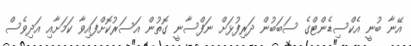
އޭނާ ބުނީ އެކްސިޑެންޓްގެ ސަބަބުން ދަރިފުޅަށް ނަފްސާނީ ގޮތުން އަސަރުކޮށްފައިވާ ކަމަށާއި އަދިވެސް